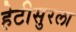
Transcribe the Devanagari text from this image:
हेटीसुरला